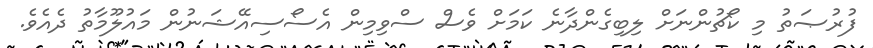
ފުރުޞަތު މި ކޯޗުންނަށް ލިބިގެންދާނެ ކަމަށް ވެސް ސްވިމިން އެސޯސިއޭޝަނުން މައުލޫމާތު ދެއެވެ.